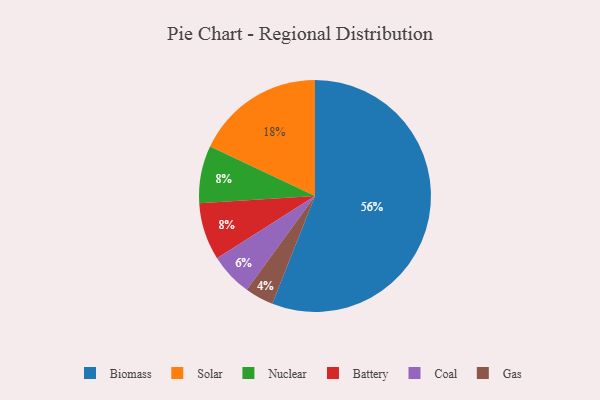
{"axis": {"x": "Category", "y": "Percentage"}, "legend": ["Battery", "Biomass", "Coal", "Gas", "Nuclear", "Solar"], "data": [{"x": "Coal", "y": 6, "type": "Coal"}, {"x": "Biomass", "y": 56, "type": "Biomass"}, {"x": "Gas", "y": 4, "type": "Gas"}, {"x": "Solar", "y": 18, "type": "Solar"}, {"x": "Nuclear", "y": 8, "type": "Nuclear"}, {"x": "Battery", "y": 8, "type": "Battery"}]}